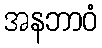
အနဘာဝံ